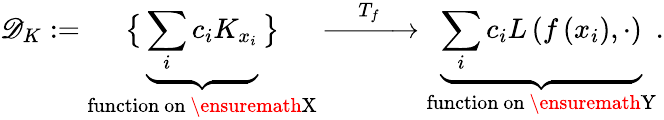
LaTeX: \mathscr{D}_{K}:=\underset{\mathrm{function~on~\ensuremath{X}}}{\big\{ \underbrace{\sum_{i}c_{i}K_{x_{i}}}\big\} }\xrightarrow{\quad T_{f}\quad}\underset{\mathrm{function~on~\ensuremath{Y}}}{\underbrace{\sum_{i}c_{i}L\left(f\left(x_{i}\right),\cdot\right)}}.